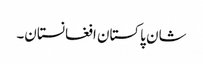
شان پاکستان افغانستان۔